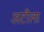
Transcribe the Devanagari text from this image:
अटौला